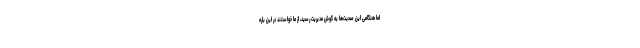
اما هنگامی این صحبت‌ها به گوش مدیریت رسید، از ما ‌خواستند در این باره